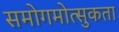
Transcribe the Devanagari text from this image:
समोगमोत्सुकता